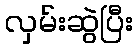
လှမ်းဆွဲပြီး